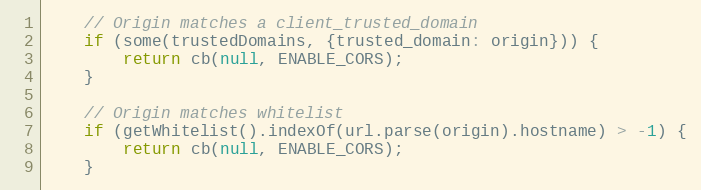
Language: JavaScript
    // Origin matches a client_trusted_domain
    if (some(trustedDomains, {trusted_domain: origin})) {
        return cb(null, ENABLE_CORS);
    }

    // Origin matches whitelist
    if (getWhitelist().indexOf(url.parse(origin).hostname) > -1) {
        return cb(null, ENABLE_CORS);
    }